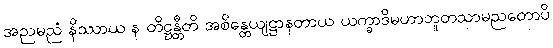
အညမညံ နိဿာယ န တိဋ္ဌန္တီတိ အစိန္တေယျဋ္ဌာနတာယ ယက္ခာဒိမဟာဘူတသာမညတောပိ